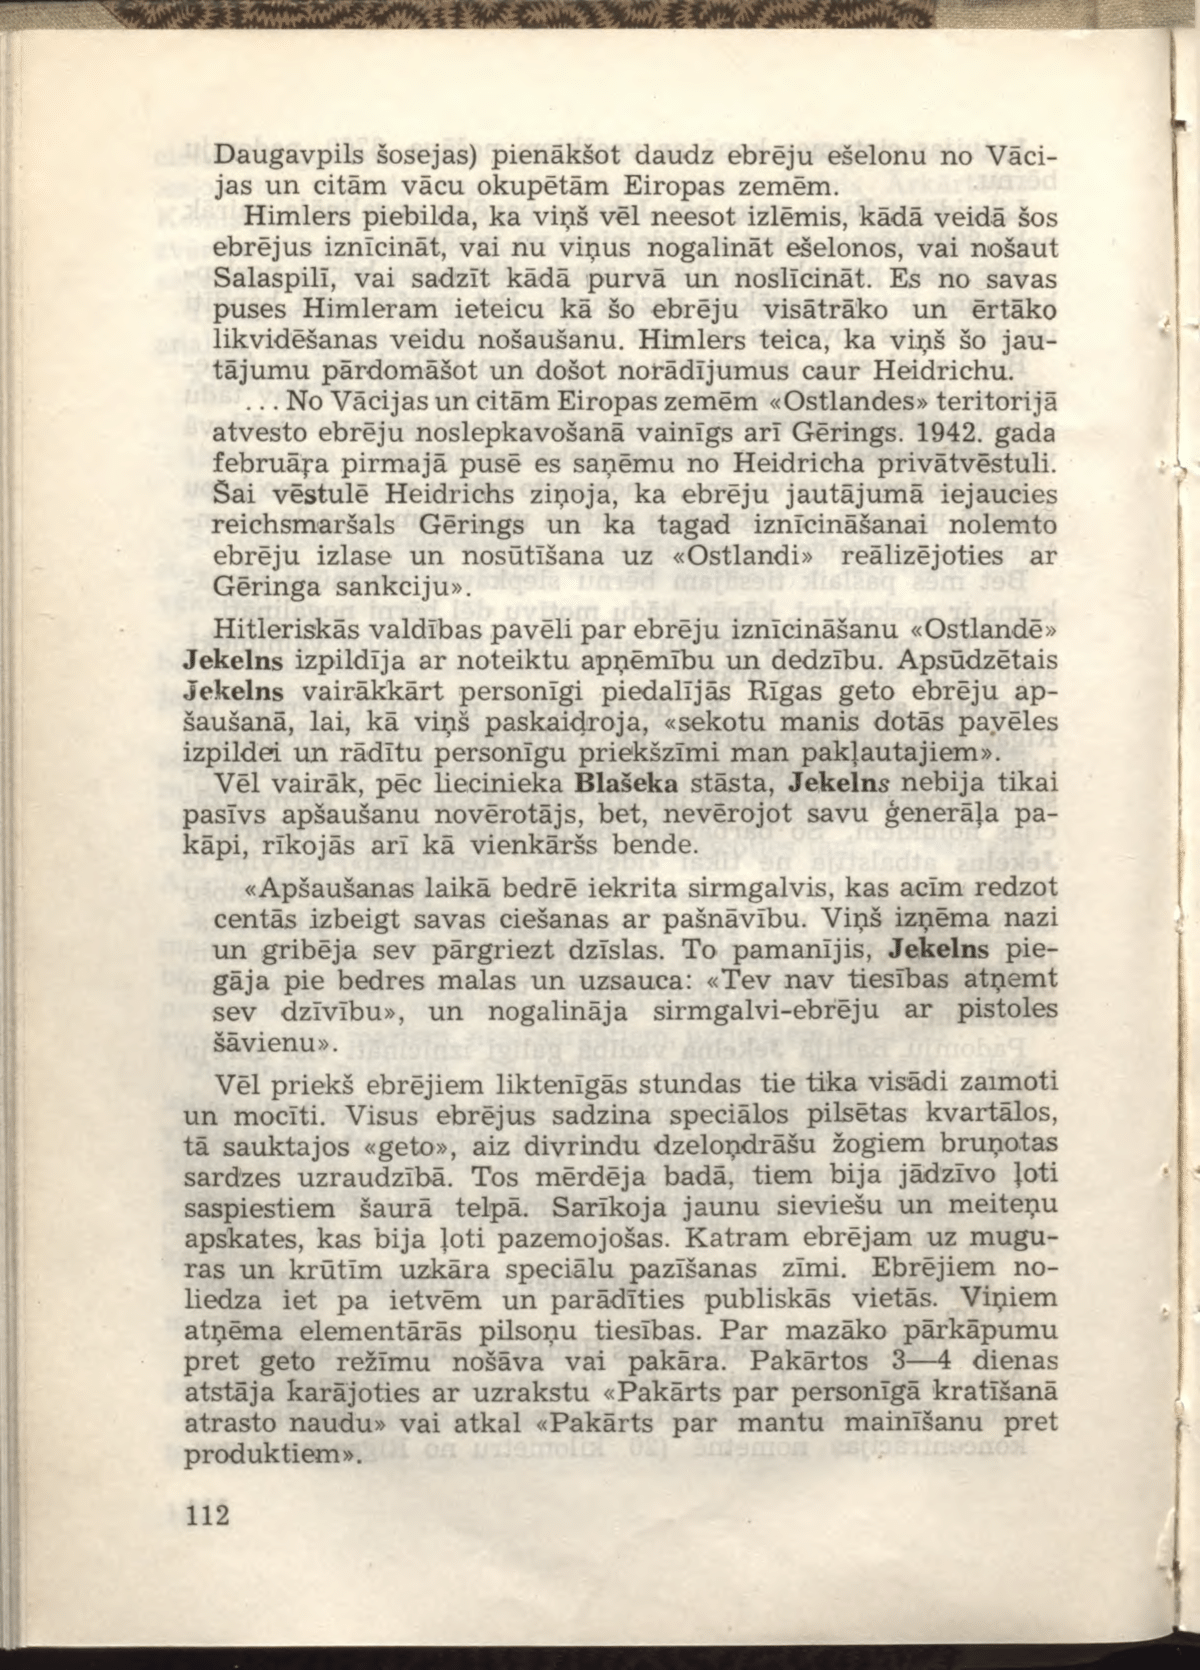
Language: lv